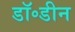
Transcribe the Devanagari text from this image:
डॉ॰डीन